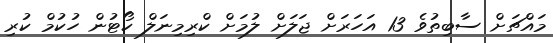
މައްޗަށް ސާބިތުވެ 13 އަހަރަށް ޖަލަށް ލުމަށް ކްރިމިނަލް ކޯޓުން ހުކުމް ކުރި